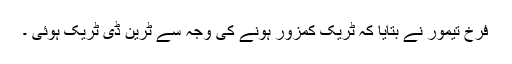
فرخ تیمور نے بتایا کہ ٹریک کمزور ہونے کی وجہ سے ٹرین ڈی ٹریک ہوئی ۔